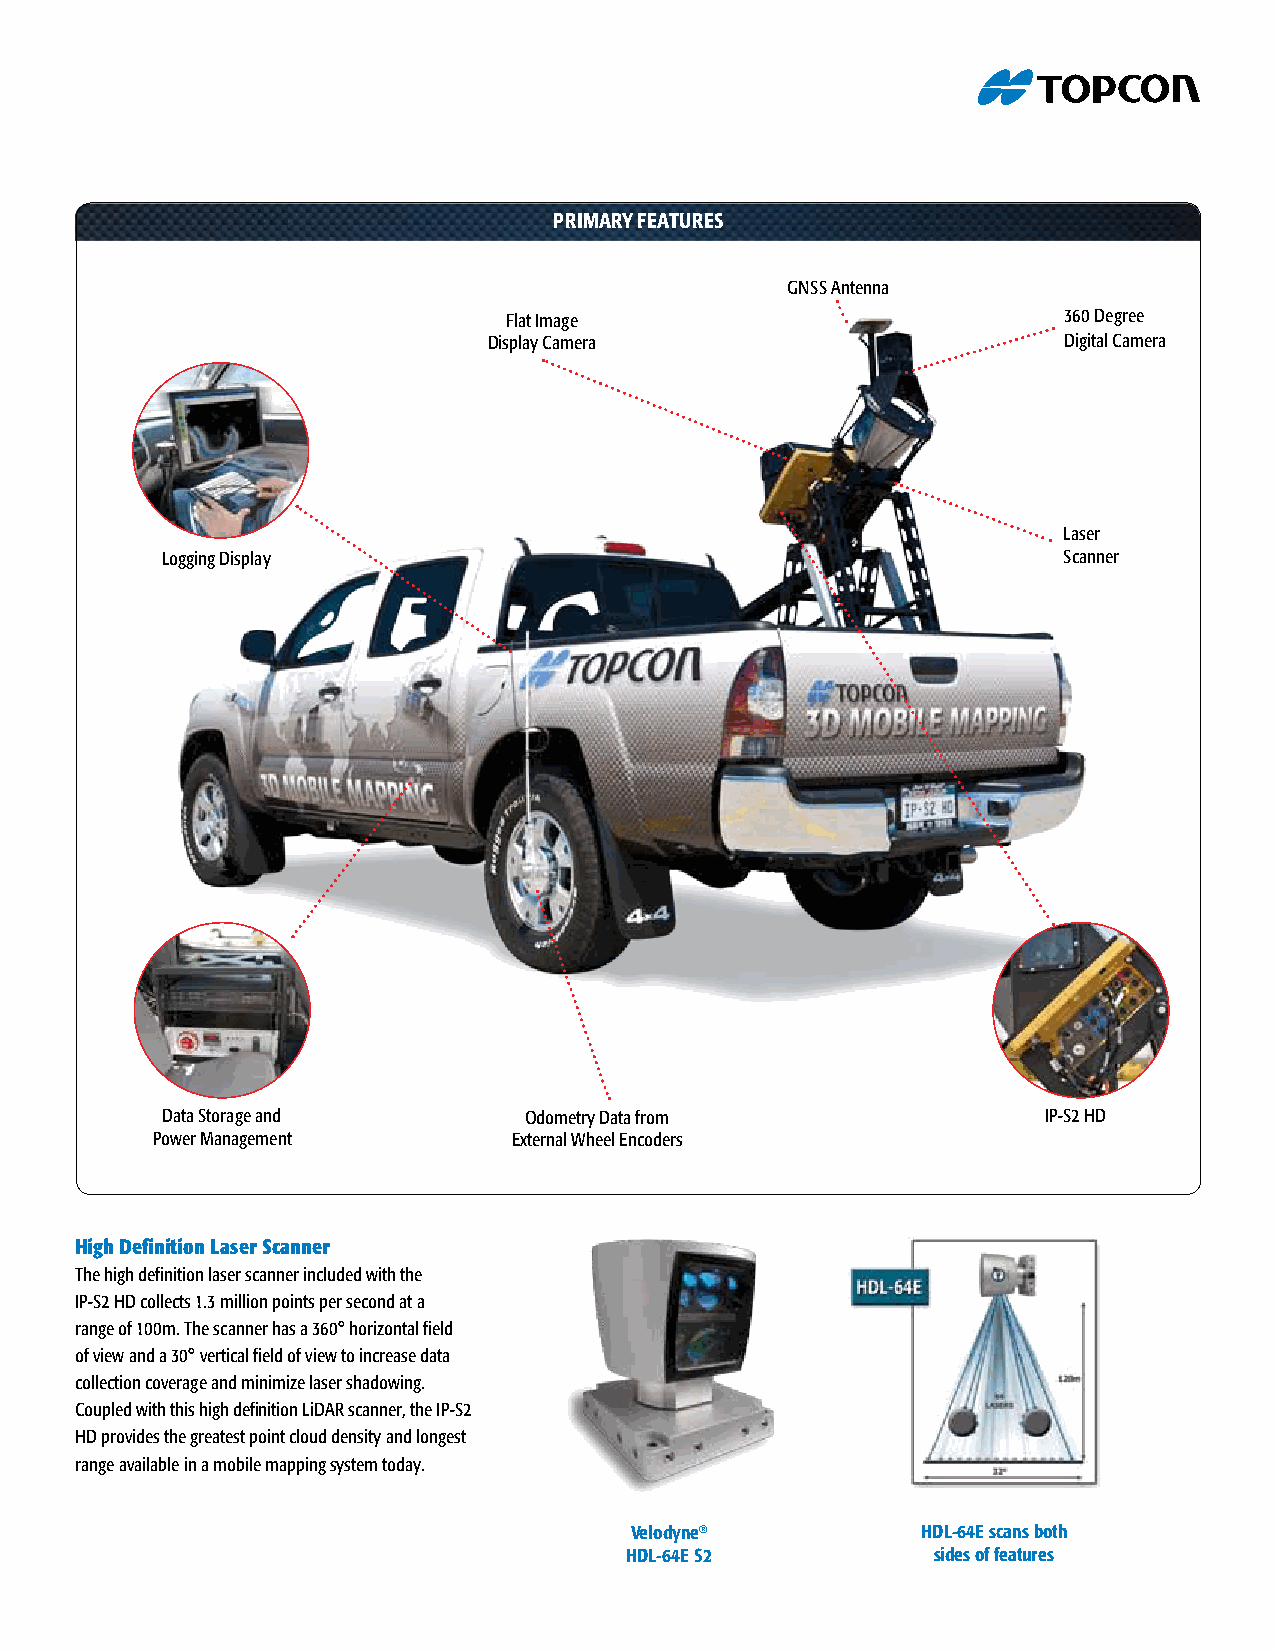
PRIMARY FEATURES
 GNSS Antenna
 Flat Image                          360 Degree
 Display Camera                        Digital Camera
 Laser
 Logging Display                                            Scanner
 Data Storage and        Odometry Data from                IP-S2 HD
 Power Management        External Wheel Encoders
 High Definition Laser Scanner
 The high definition laser scanner included with the
 IP-S2 HD collects 1.3 million points per second at a
 range of 100m. The scanner has a 360° horizontal field
 of view and a 30° vertical field of view to increase data
 collection coverage and minimize laser shadowing.
 Coupled with this high definition LiDAR scanner, the IP-S2
 HD provides the greatest point cloud density and longest
 range available in a mobile mapping system today.
 Velodyne®          HDL-64E scans both
 HDL-64E S2           sides of features